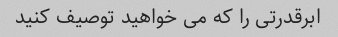
ابرقدرتی را که می خواهید توصیف کنید